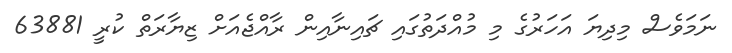
ނަމަވެސް މިދިޔަ އަހަރުގެ މި މުއްދަތުގައި ޗައިނާއިން ރާއްޖެއަށް ޒިޔާރަތް ކުރީ 63881